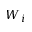
W _ { i }